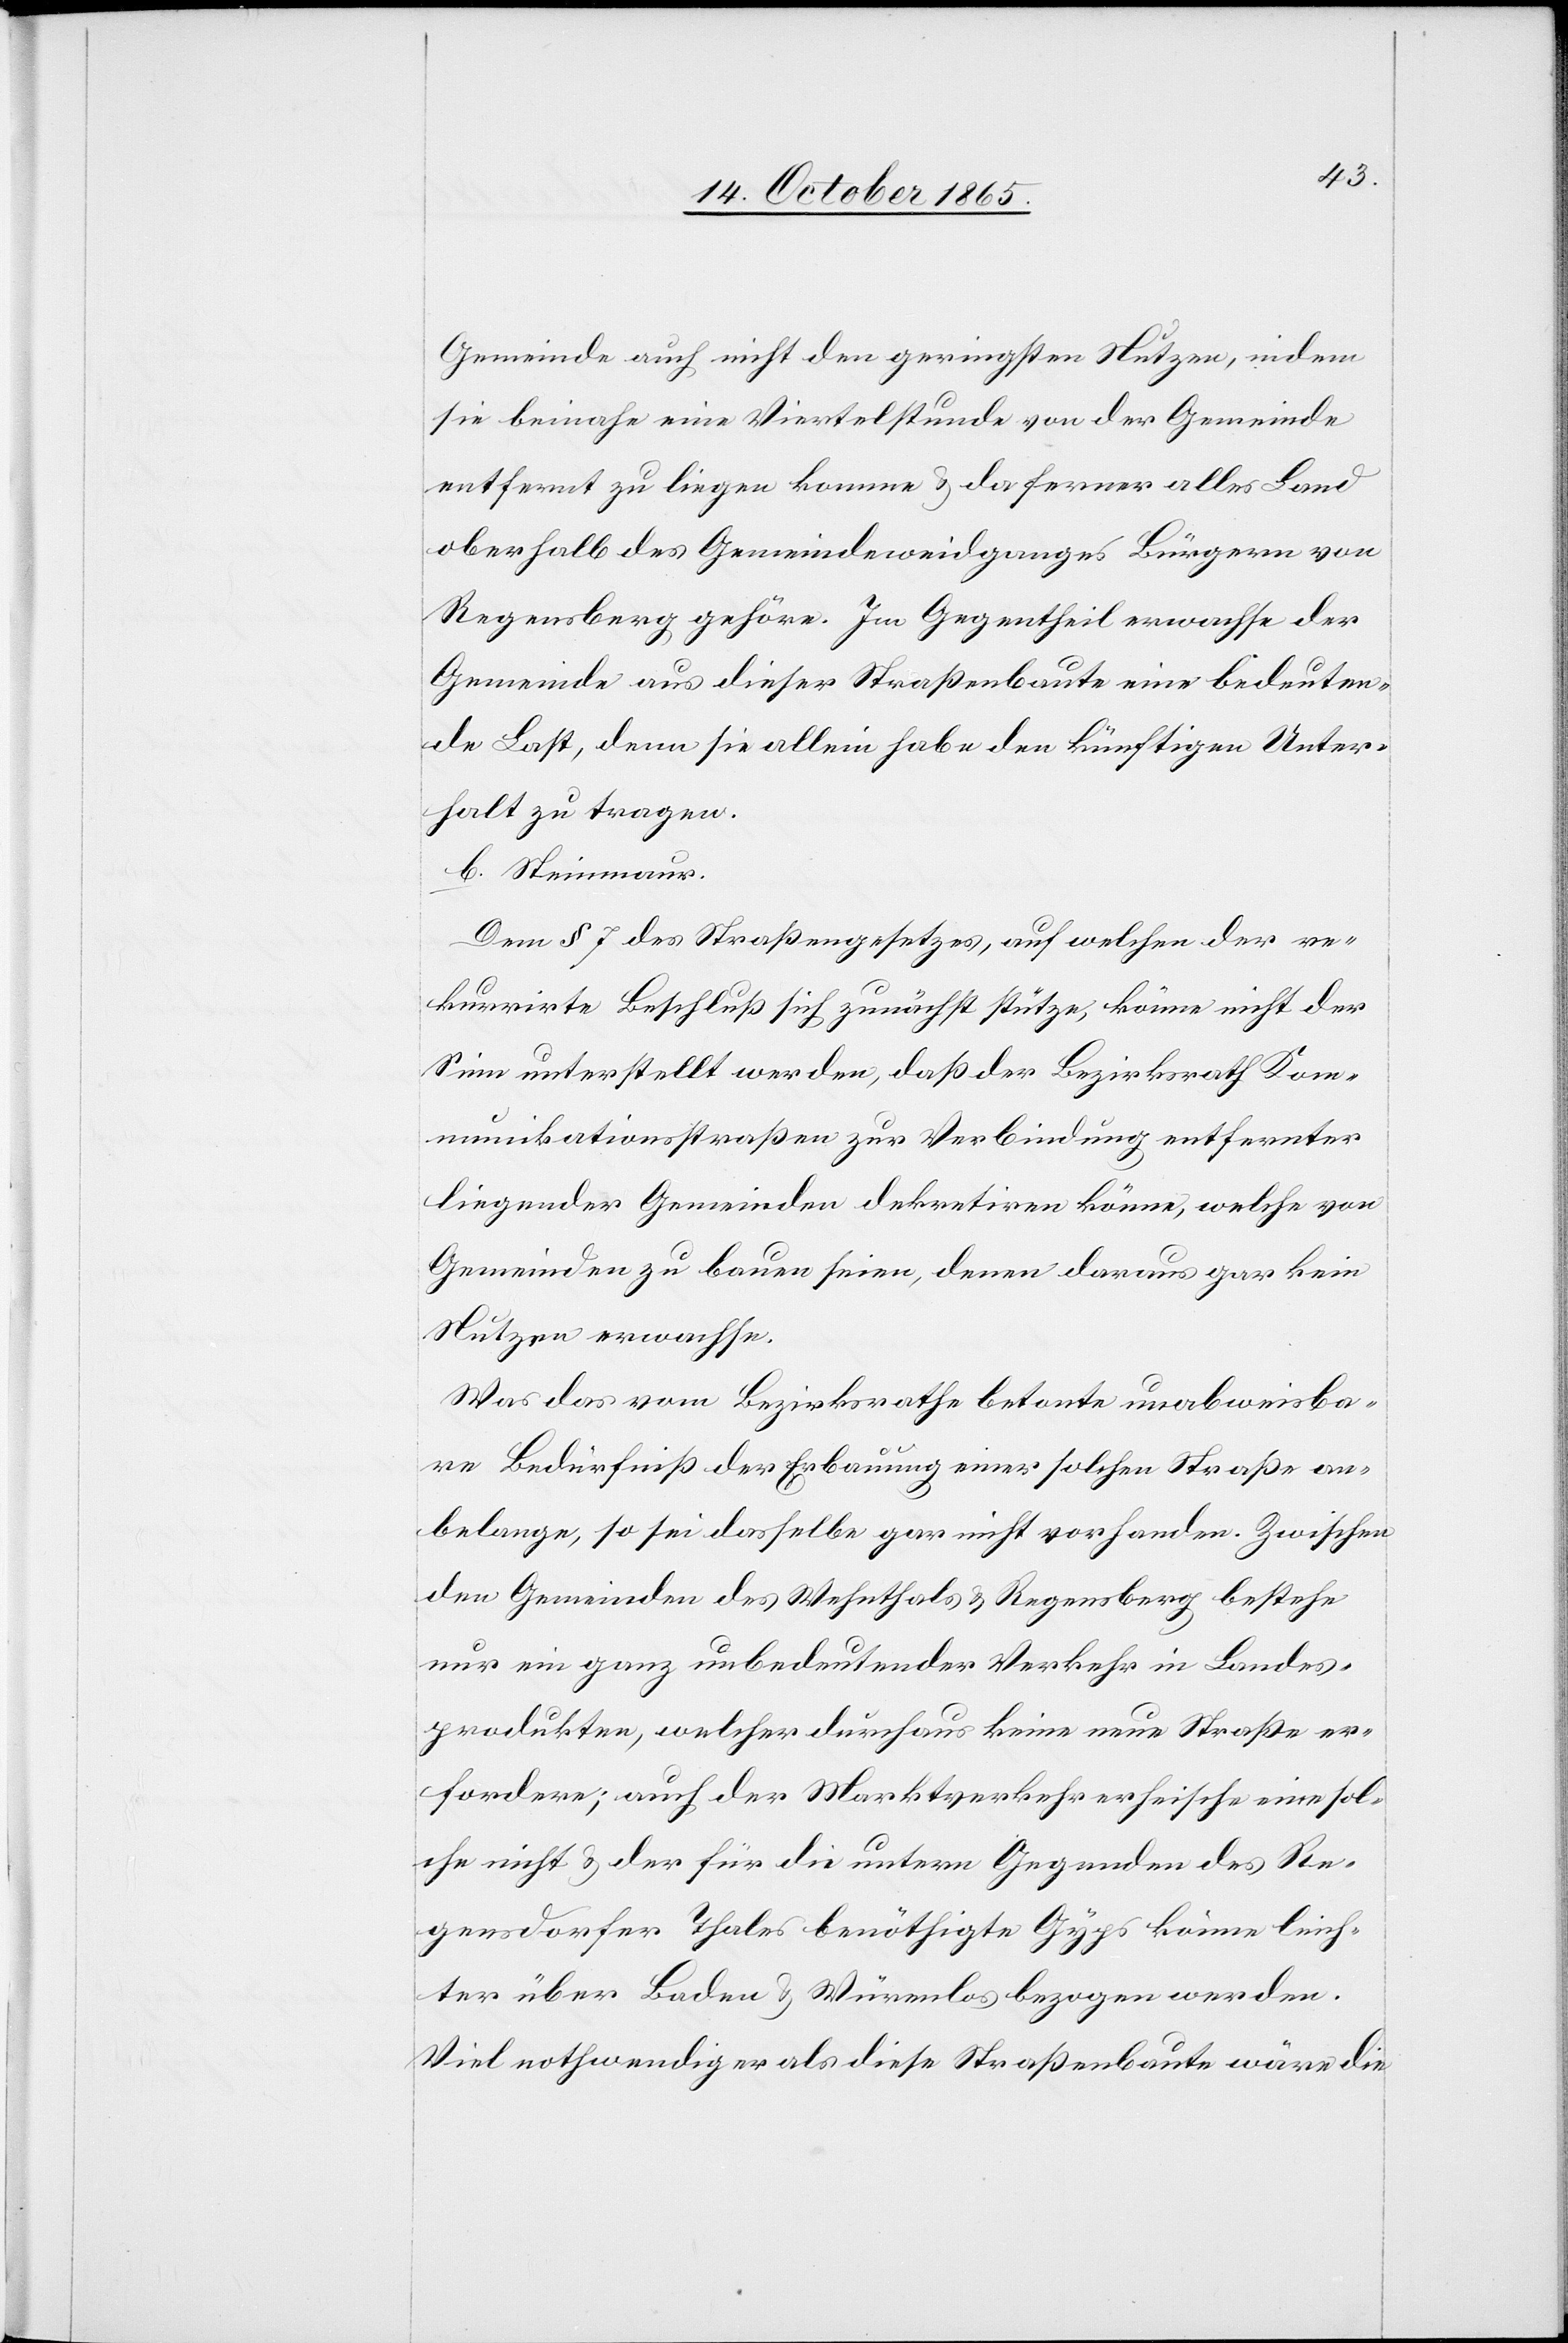
Gemeinde auch nicht den geringsten Nutzen, indem
sie beinahe eine Viertelstunde von der Gemeinde
entfernt zu liegen komme & da ferner alles Land
oberhalb des Gemeindeweidganges Bürgern von
Regensberg gehöre. Im Gegentheil erwachse der
Gemeinde aus dieser Straßenbaute eine bedeuten¬
de Last, denn sie allein habe den künftigen Unter¬
halt zu tragen.
b. Steinmaur.
Dem § 7 des Straßengesetzes, auf welchen der re¬
kurrirte Beschluß sich zunächst stütze, könne nicht der
Sinn unterstellt werden, daß der Bezirksrath Kom¬
munikationsstraßen zur Verbindung entfernter
liegender Gemeinden dekretiren könne, welche von
Gemeinden zu bauen seien, denen daraus gar kein
Nutzen erwachse.
Was das vom Bezirksrathe betonte unabweisba¬
re Bedürfniß der Erbauung einer solchen Straße an¬
belange, so sei dasselbe gar nicht vorhanden. Zwischen
den Gemeinden des Wehnthals & Regensberg bestehe
nur ein ganz unbedeutender Verkehr in Landes¬
produkten, welcher durchaus keine neue Straße er¬
fordere; auch der Marktverkehr erheische eine sol¬
che nicht & der für die untern Gegenden des Re¬
gensdorfer Thals benöthigte Gyps könne leich¬
ter über Baden & Würenlos bezogen werden.
Viel nothwendiger als diese Straßenbaute wäre die